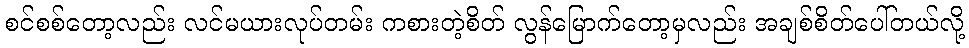
စင်စစ်တော့လည်း လင်မယားလုပ်တမ်း ကစားတဲ့စိတ် လွန်မြောက်တော့မှလည်း အချစ်စိတ်ပေါ်တယ်လို့